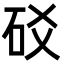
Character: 䂚